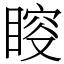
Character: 𥈃